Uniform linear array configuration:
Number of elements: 16
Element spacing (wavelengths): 0.25
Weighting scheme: kaiser
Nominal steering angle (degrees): -60
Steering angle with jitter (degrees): -58.409
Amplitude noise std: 0.05
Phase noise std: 0.05

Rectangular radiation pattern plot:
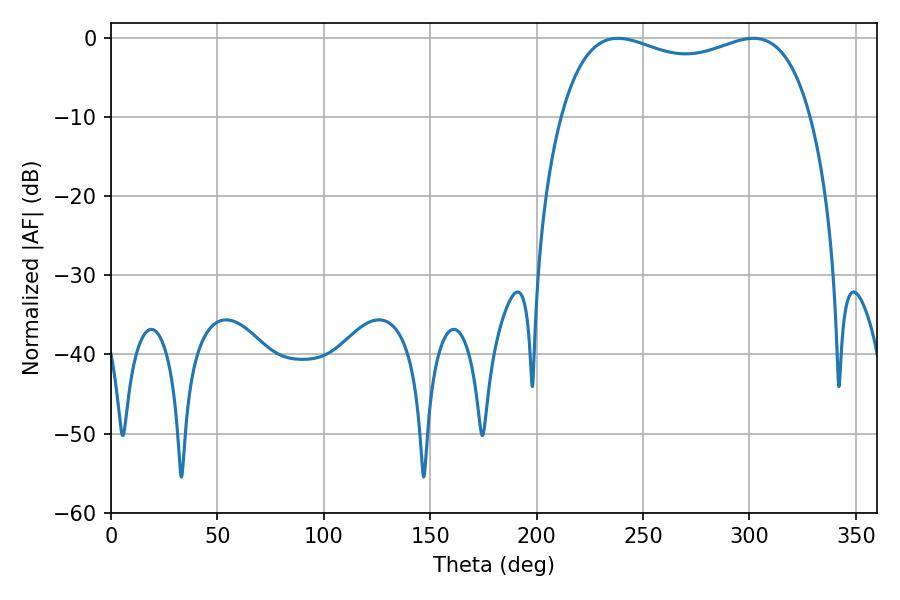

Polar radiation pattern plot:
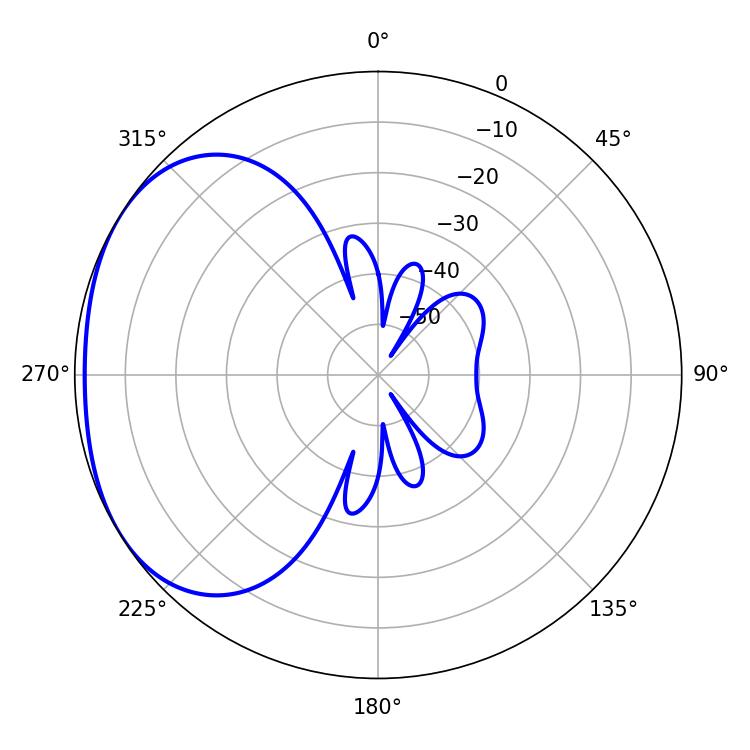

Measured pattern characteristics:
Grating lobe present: FALSE
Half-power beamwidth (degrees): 96.48
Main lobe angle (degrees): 238.14